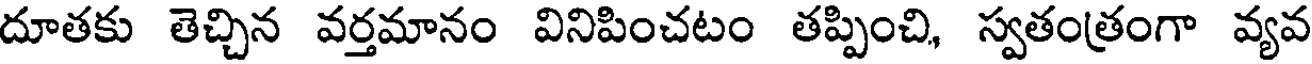
దూతకు తెచ్చిన వర్తమానం వినిపించటం తప్పించి, స్వతంత్రంగా వ్యవ